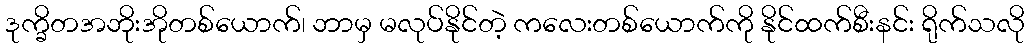
ဒုက္ခိတအဘိုးအိုတစ်ယောက်၊ ဘာမှ မလုပ်နိုင်တဲ့ ကလေးတစ်ယောက်ကို နိုင်ထက်စီးနင်း ရိုက်သလို